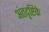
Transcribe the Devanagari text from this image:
अंतदृष्टिके